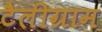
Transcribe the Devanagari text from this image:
टैलीग्राम